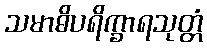
သမာဓိပရိက္ခာရသုတ္တံ